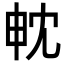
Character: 𭻄